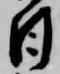
日